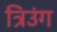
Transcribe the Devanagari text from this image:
त्रिउंग